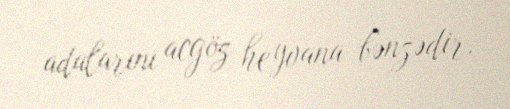
adalarını acgöz heyvana bənzədir.